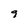
Character: 9